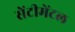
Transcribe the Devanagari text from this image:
सेंटीमेंटल